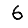
Digit: 6